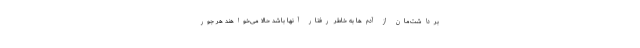
برداشت‌مان از آدم‌ها به خاطر رفتار آنها باشد حالا می‌خواهند هر جور